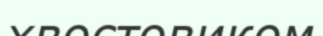
хвостовиком